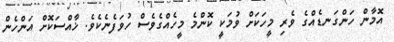
އޮމާން ހަންގަނޑެއްގެ ވެރި މީހަކަށް ވުމަކީ ކޮންމެ މީހެއްގެވެސް ހުވަފެނެކެވެ. ޚާއްސަކޮށް އަންހެން